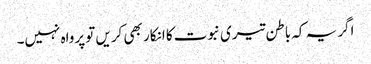
اگر یہ کہ باطن تیری نبوت کا انکار بھی کریں تو پرواہ نہیں۔